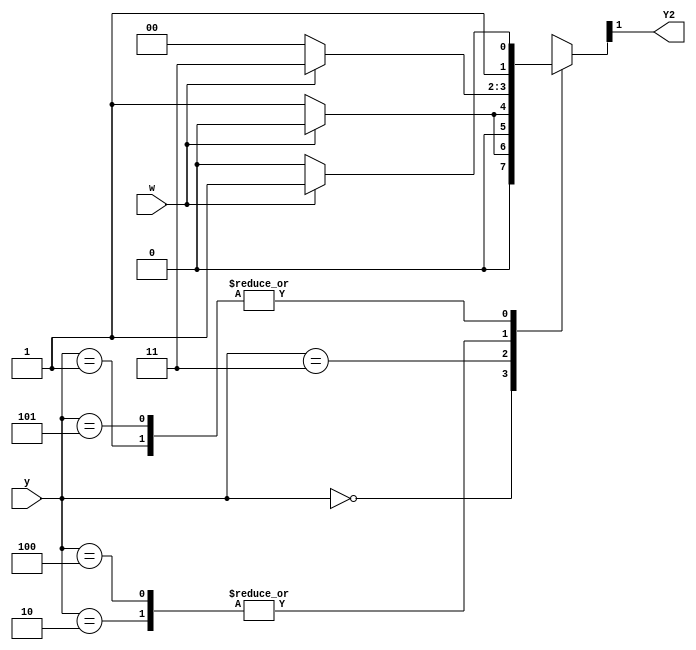
module top_module (
    input [3:1] y,
    input w,
    output Y2);
    
   	localparam A = 0, B = 1, C = 2, D = 3, E = 4, F = 5;
    reg [3:1] Y;
    
    always @(*)
        begin
            case(y)
                A:Y=w?A:B;
                B:Y=w?D:C;
                C:Y=w?D:E;
                D:Y=w?A:F;
                E:Y=w?D:E;
                F:Y=w?D:C;
                default:Y=3'bxxx;
            endcase
        end
    assign Y2 = Y[2];

endmodule